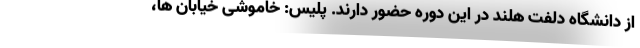
از دانشگاه دلفت هلند در این دوره حضور دارند. پلیس: خاموشی خیابان ها،